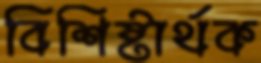
বিশিষ্টার্থক